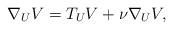
LaTeX: \begin{align*}\nabla_U V = T_U V + \nu \nabla_U V,\end{align*}